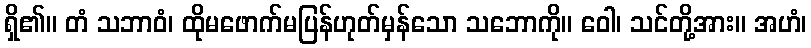
ရှိ၏။ တံ သဘာဝံ၊ ထိုမဖောက်မပြန်ဟုတ်မှန်သော သဘောကို။ ဝေါ၊ သင်တို့အား။ အဟံ၊